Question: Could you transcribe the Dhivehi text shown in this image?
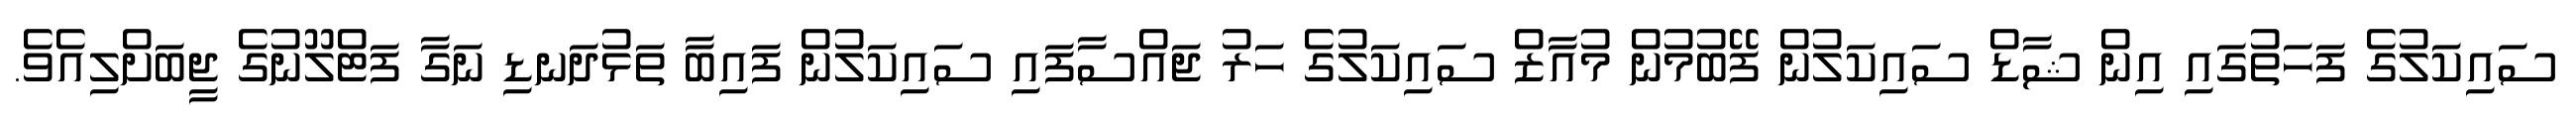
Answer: ސައިކަލުގެ ފަހަތުގައި އިން ޝާޑް ސައިކަލުން ފޭބުމުން މުއާޒް ސައިކަލުގެ ހަރު ޖައްސާފައި ސައިކަލުން ފައިބާ ތަޅުދަނޑި ނަގާ ފަޓްލޫނުގެ ޖީބަށްލިއެވެ.